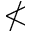
\nless